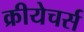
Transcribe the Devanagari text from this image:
क्रीयेचर्स